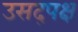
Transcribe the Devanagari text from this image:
उसद्पक्ष